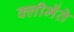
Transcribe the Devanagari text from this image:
क्लीमेंते